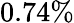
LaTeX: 0.74\%